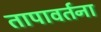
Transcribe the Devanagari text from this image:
तापावर्तना